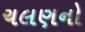
ચલણનો